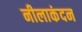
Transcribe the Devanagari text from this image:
नीलाकंदन